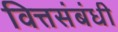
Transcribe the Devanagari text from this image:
वित्तसंबंधी